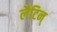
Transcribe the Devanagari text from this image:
लैटिन्